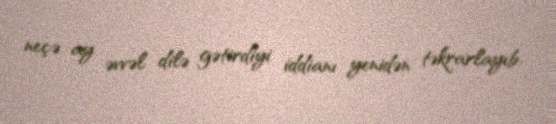
neçə ay əvvəl dilə gətirdiyi iddianı yenidən təkrarlayıb.